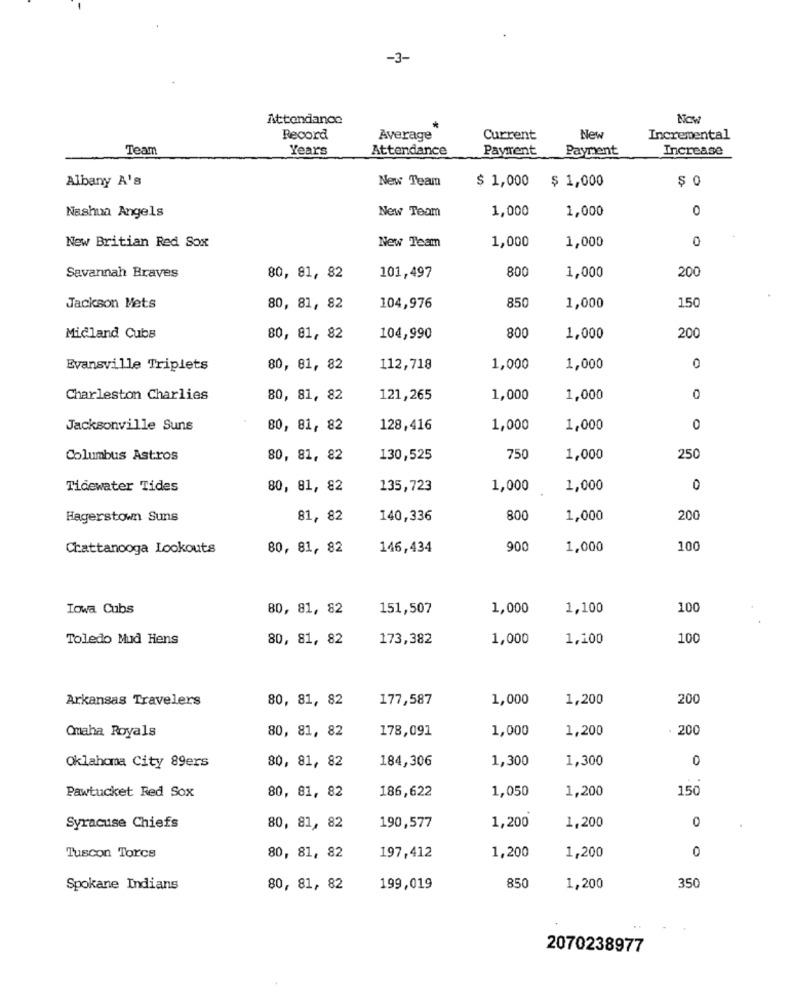
-3-
Attendance
Nov
Record
Average
Current
New
Incremental
Team
Years
Attendance
Payment
Payment
Increase
Albany A's
New Team
$ 1,000
$ 1,000
: 0
New Team
1,000
1,000
0
Nashua Angels
1,000
1,000
0
New Britian Red Sox
New Team
80
1,000
200
Savannah Braves
80, 81, 82
101,497
150
Jackson Mets
80, 81, 82
104,976
850
1,000
Midland Cubs
80, 81, 82
104,990
800
1,000
200
Evansville Triplets
80, 81, 82
112,718
1,000
1,000
0
Charleston Charlies
80, 81, 82
121,265
1,000
1,000
0
Jacksonville Suns
80, 81, 82
128,416
1,000
1,000
0
Columbus Astros
80, 81, 82
130,525
750
1,000
250
Tidewater Tides
80, 81, 82
135,723
1,000
1,000
0
Hagerstown Suns
81, 82
140,336
800
1,000
200
Chattanooga Lookouts
80, 81, 82
146,434
900
1,000
100
Lowa Cubs
80, 81, 82
151,507
1,000
1,100
100
Toledo Mud Hens
80, 81, 82
173,382
1,000
1,100
100
Arkansas Travelers
80, 81, 82
177,587
1,000
1,200
200
Omaha Royals
80, 81, 82
178,091
1,000
1,200
200
184,306
1,300
1,300
0
Oklahoma City 89ers
80, 81, 82
Pawtucket Red Sox
80, 81, 82
1,050
1,200
150
186,622
1,200
0
Syracuse Chiefs
80, 81, 82
190,577
1,200
80, 81, 82
1,200
Tuscon Torcs
197,412
1,200
Spokane Indians
80, 81, 82
199,019
850
1,200
350
2070238977